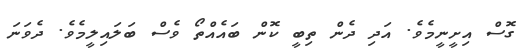
ގޮސް އިށީނީމެވެ. އަދި ދެން ތިބީ ކޮން ބައެއްތޯ ވެސް ބަލައިލީމެވެ. ދެވަނަ